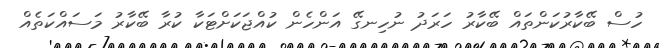
ހުސް ބޭކާރުކަންތައް ބޭކާރު ހަރަދު ނުހިނގޭ އަންހެން ކުއްޖަކަށްޓަކާ ކުރާ ބޭކާރު މަސައްކަތެއް